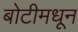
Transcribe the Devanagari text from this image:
बोटीमधून